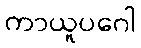
ကာယူပဂေါ